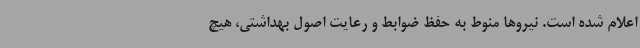
اعلام شده است. نیروها منوط به حفظ ضوابط و رعایت اصول بهداشتی، هیچ